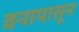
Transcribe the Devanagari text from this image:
वनापासून